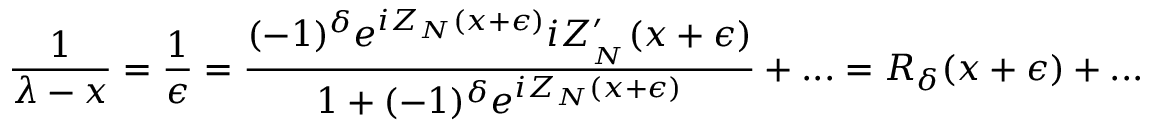
\displaystyle \frac { 1 } { \lambda - x } = \displaystyle \frac { 1 } { \epsilon } = \displaystyle \frac { ( - 1 ) ^ { \delta } e ^ { i Z _ { N } ( x + \epsilon ) } i Z _ { _ { N } } ^ { \prime } ( x + \epsilon ) } { 1 + ( - 1 ) ^ { \delta } e ^ { i Z _ { N } ( x + \epsilon ) } } + . . . = { \cal R } _ { \delta } ( x + \epsilon ) + . . .